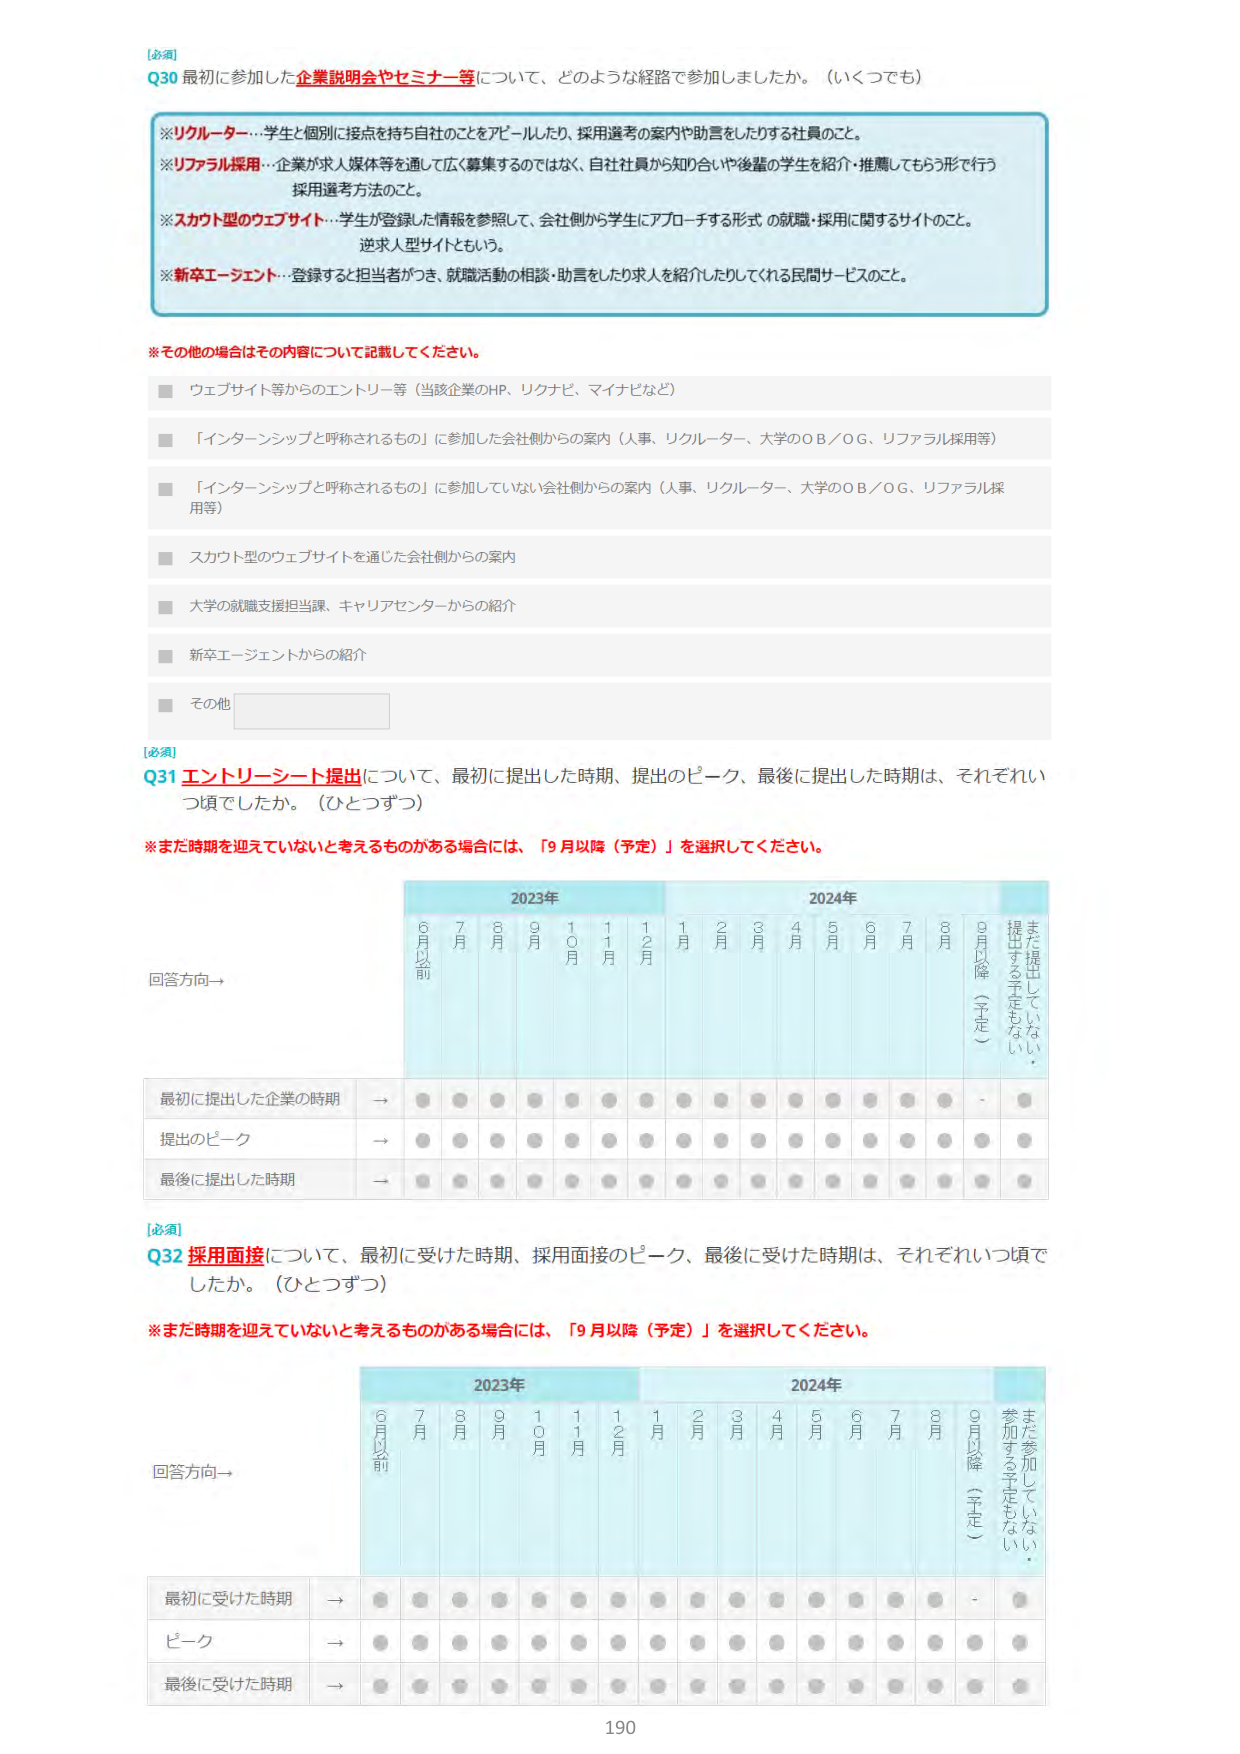
[必須]
Q30 最初に参加した企業説明会やセミナー等について、どのような経路で参加しましたか。（いくつでも）

※リクルーター…学生と個別に接点を持ち自社のことをアピールしたり、採用選考の案内や助言をしたりする社員のこと。
※リファラル採用…企業が求人媒体等を通じて広く募集するのではなく、自社社員から知り合いや後輩の学生を紹介・推薦してもらう形で行う採用選考方法のこと。
※スカウト型のウェブサイト…学生が登録した情報を参照して、会社側から学生にアプローチする形式の就職・採用に関するサイトのこと。逆求人型サイトともいう。
※新卒エージェント…登録する担当者がつき、就職活動の相談・助言をしたり求人を紹介したりしてくれる民間サービスのこと。

※その他の場合はその内容について記載してください。
■ ウェブサイト等からのエントリー等（当該企業のHP、リクナビ、マイナビなど）
■ 「インターンシップと呼称されるもの」に参加した会社側からの案内（人事、リクルーター、大学のOB／OG、リファラル採用等）
■ 「インターンシップと呼称されるもの」に参加していない会社側からの案内（人事、リクルーター、大学のOB／OG、リファラル採用等）
■ スカウト型のウェブサイトを通じた会社側からの案内
■ 大学の就職支援担当課、キャリアセンターからの紹介
■ 新卒エージェントからの紹介
■ その他

[必須]
Q31 エントリーシート提出について、最初に提出した時期、提出のピーク、最後に提出した時期は、それぞれいつ頃でしたか。（ひとつずつ）

※まだ時期を迎えていないと考えるものがある場合には、「9月以降（予定）」を選択してください。

回答方向→
2023年　2024年
6月以前　7月　8月　9月　10月　11月　12月　1月　2月　3月　4月　5月　6月　7月　8月　9月以降（予定）　まだ提出していない・提出する予定もない

最初に提出した企業の時期 → ● ● ● ● ● ● ● ● ● ● ● ● ● ● ● ● ●
提出のピーク → ● ● ● ● ● ● ● ● ● ● ● ● ● ● ● ● ●
最後に提出した時期 → ● ● ● ● ● ● ● ● ● ● ● ● ● ● ● ● ●

[必須]
Q32 採用面接について、最初に受けた時期、採用面接のピーク、最後に受けた時期は、それぞれいつ頃でしたか。（ひとつずつ）

※まだ時期を迎えていないと考えるものがある場合には、「9月以降（予定）」を選択してください。

回答方向→
2023年　2024年
6月以前　7月　8月　9月　10月　11月　12月　1月　2月　3月　4月　5月　6月　7月　8月　9月以降（予定）　まだ参加していない・参加する予定もない

最初に受けた時期 → ● ● ● ● ● ● ● ● ● ● ● ● ● ● ● ● ●
ピーク → ● ● ● ● ● ● ● ● ● ● ● ● ● ● ● ● ●
最後に受けた時期 → ● ● ● ● ● ● ● ● ● ● ● ● ● ● ● ● ●

190